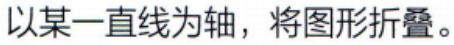
以某一直线为轴，将图形折叠。